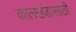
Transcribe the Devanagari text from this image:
कालखंडासाठी